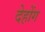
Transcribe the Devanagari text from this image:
देहोंग